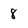
Character: 8